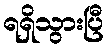
ရရှိသွားပြီ